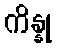
ကိန္နု